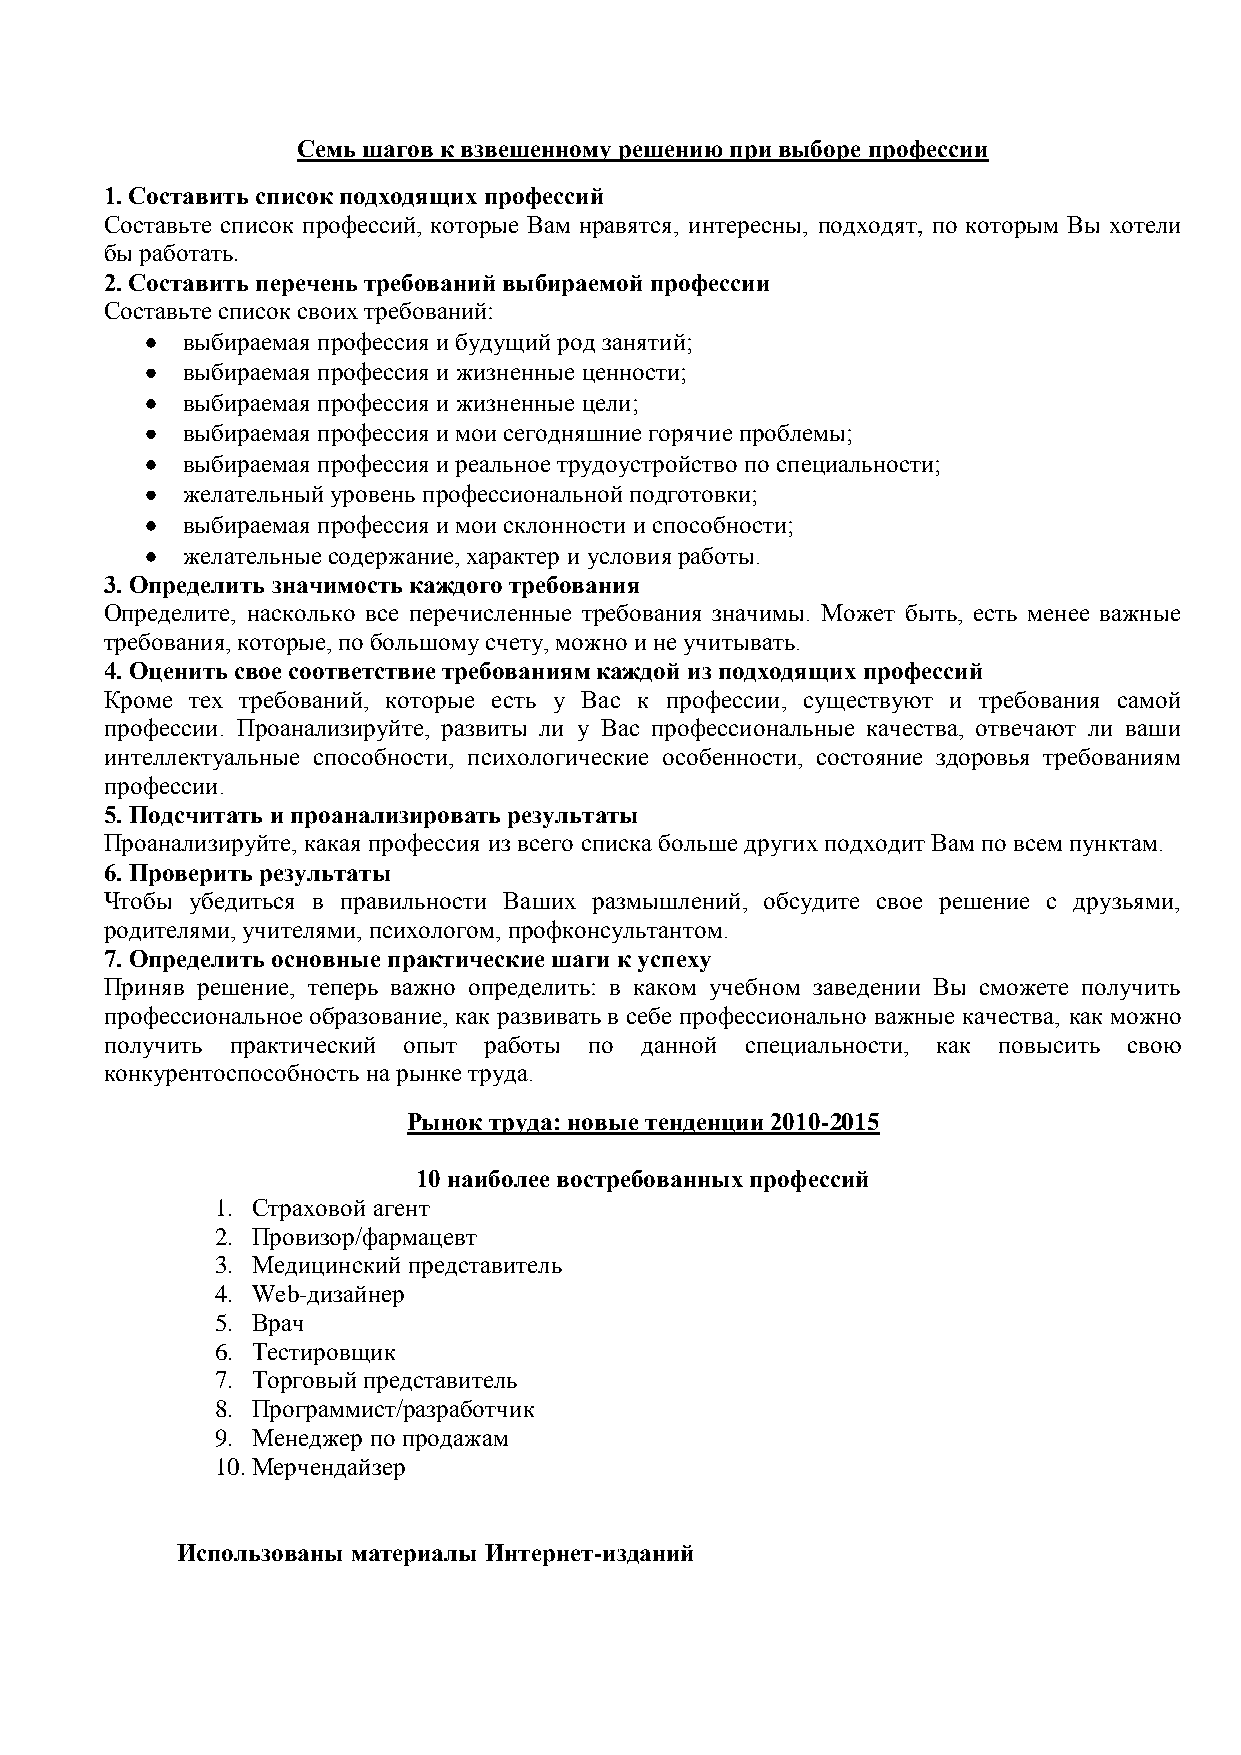
Семь шагов к взвешенному решению при выборе профессии
 1. Составить список подходящих профессий
 Составьте список профессий, которые Вам нравятся, интересны, подходят, по которым Вы хотели
 бы работать.
 2. Составить перечень требований выбираемой профессии
 Составьте список своих требований:
 выбираемая профессия и будущий род занятий;
 выбираемая профессия и жизненные ценности;
 выбираемая профессия и жизненные цели;
 выбираемая профессия и мои сегодняшние горячие проблемы;
 выбираемая профессия и реальное трудоустройство по специальности;
 желательный уровень профессиональной подготовки;
 выбираемая профессия и мои склонности и способности;
 желательные содержание, характер и условия работы.
 3. Определить значимость каждого требования
 Определите, насколько все перечисленные требования значимы. Может быть, есть менее важные
 требования, которые, по большому счету, можно и не учитывать.
 4. Оценить свое соответствие требованиям каждой из подходящих профессий
 Кроме тех требований, которые есть у Вас к профессии, существуют и требования самой
 профессии. Проанализируйте, развиты ли у Вас профессиональные качества, отвечают ли ваши
 интеллектуальные способности, психологические особенности, состояние здоровья требованиям
 профессии.
 5. Подсчитать и проанализировать результаты
 Проанализируйте, какая профессия из всего списка больше других подходит Вам по всем пунктам.
 6. Проверить результаты
 Чтобы убедиться в правильности Ваших размышлений, обсудите свое решение с друзьями,
 родителями, учителями, психологом, профконсультантом.
 7. Определить основные практические шаги к успеху
 Приняв решение, теперь важно определить: в каком учебном заведении Вы сможете получить
 профессиональное образование, как развивать в себе профессионально важные качества, как можно
 получить практический опыт работы по данной специальности, как повысить свою
 конкурентоспособность на рынке труда.
 Рынок труда: новые тенденции 2010-2015
 10 наиболее востребованных профессий
 1. Страховой агент
 2. Провизор/фармацевт
 3. Медицинский представитель
 4. Web-дизайнер
 5. Врач
 6. Тестировщик
 7. Торговый представитель
 8. Программист/разработчик
 9. Менеджер по продажам
 10. Мерчендайзер
 Использованы материалы Интернет-изданий